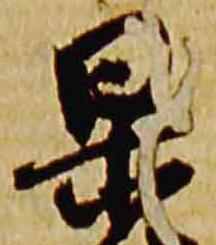
杲